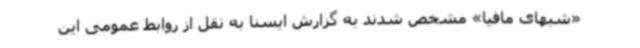
«شبهای مافیا» مشخص شدند به گزارش ایسنا به نقل از روابط عمومی این